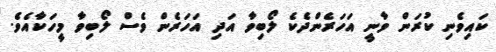
ކައިވެނި ކުރަން ވާނީ އަހަރެންދެކެ ލޯބިވާ އަދި އަހަރެން ވެސް ލޯބިވާ މީހަކާއެވެ.